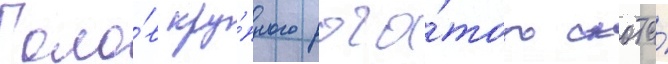
Голо́в кру́пного рога́того скота́